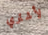
لأشتري